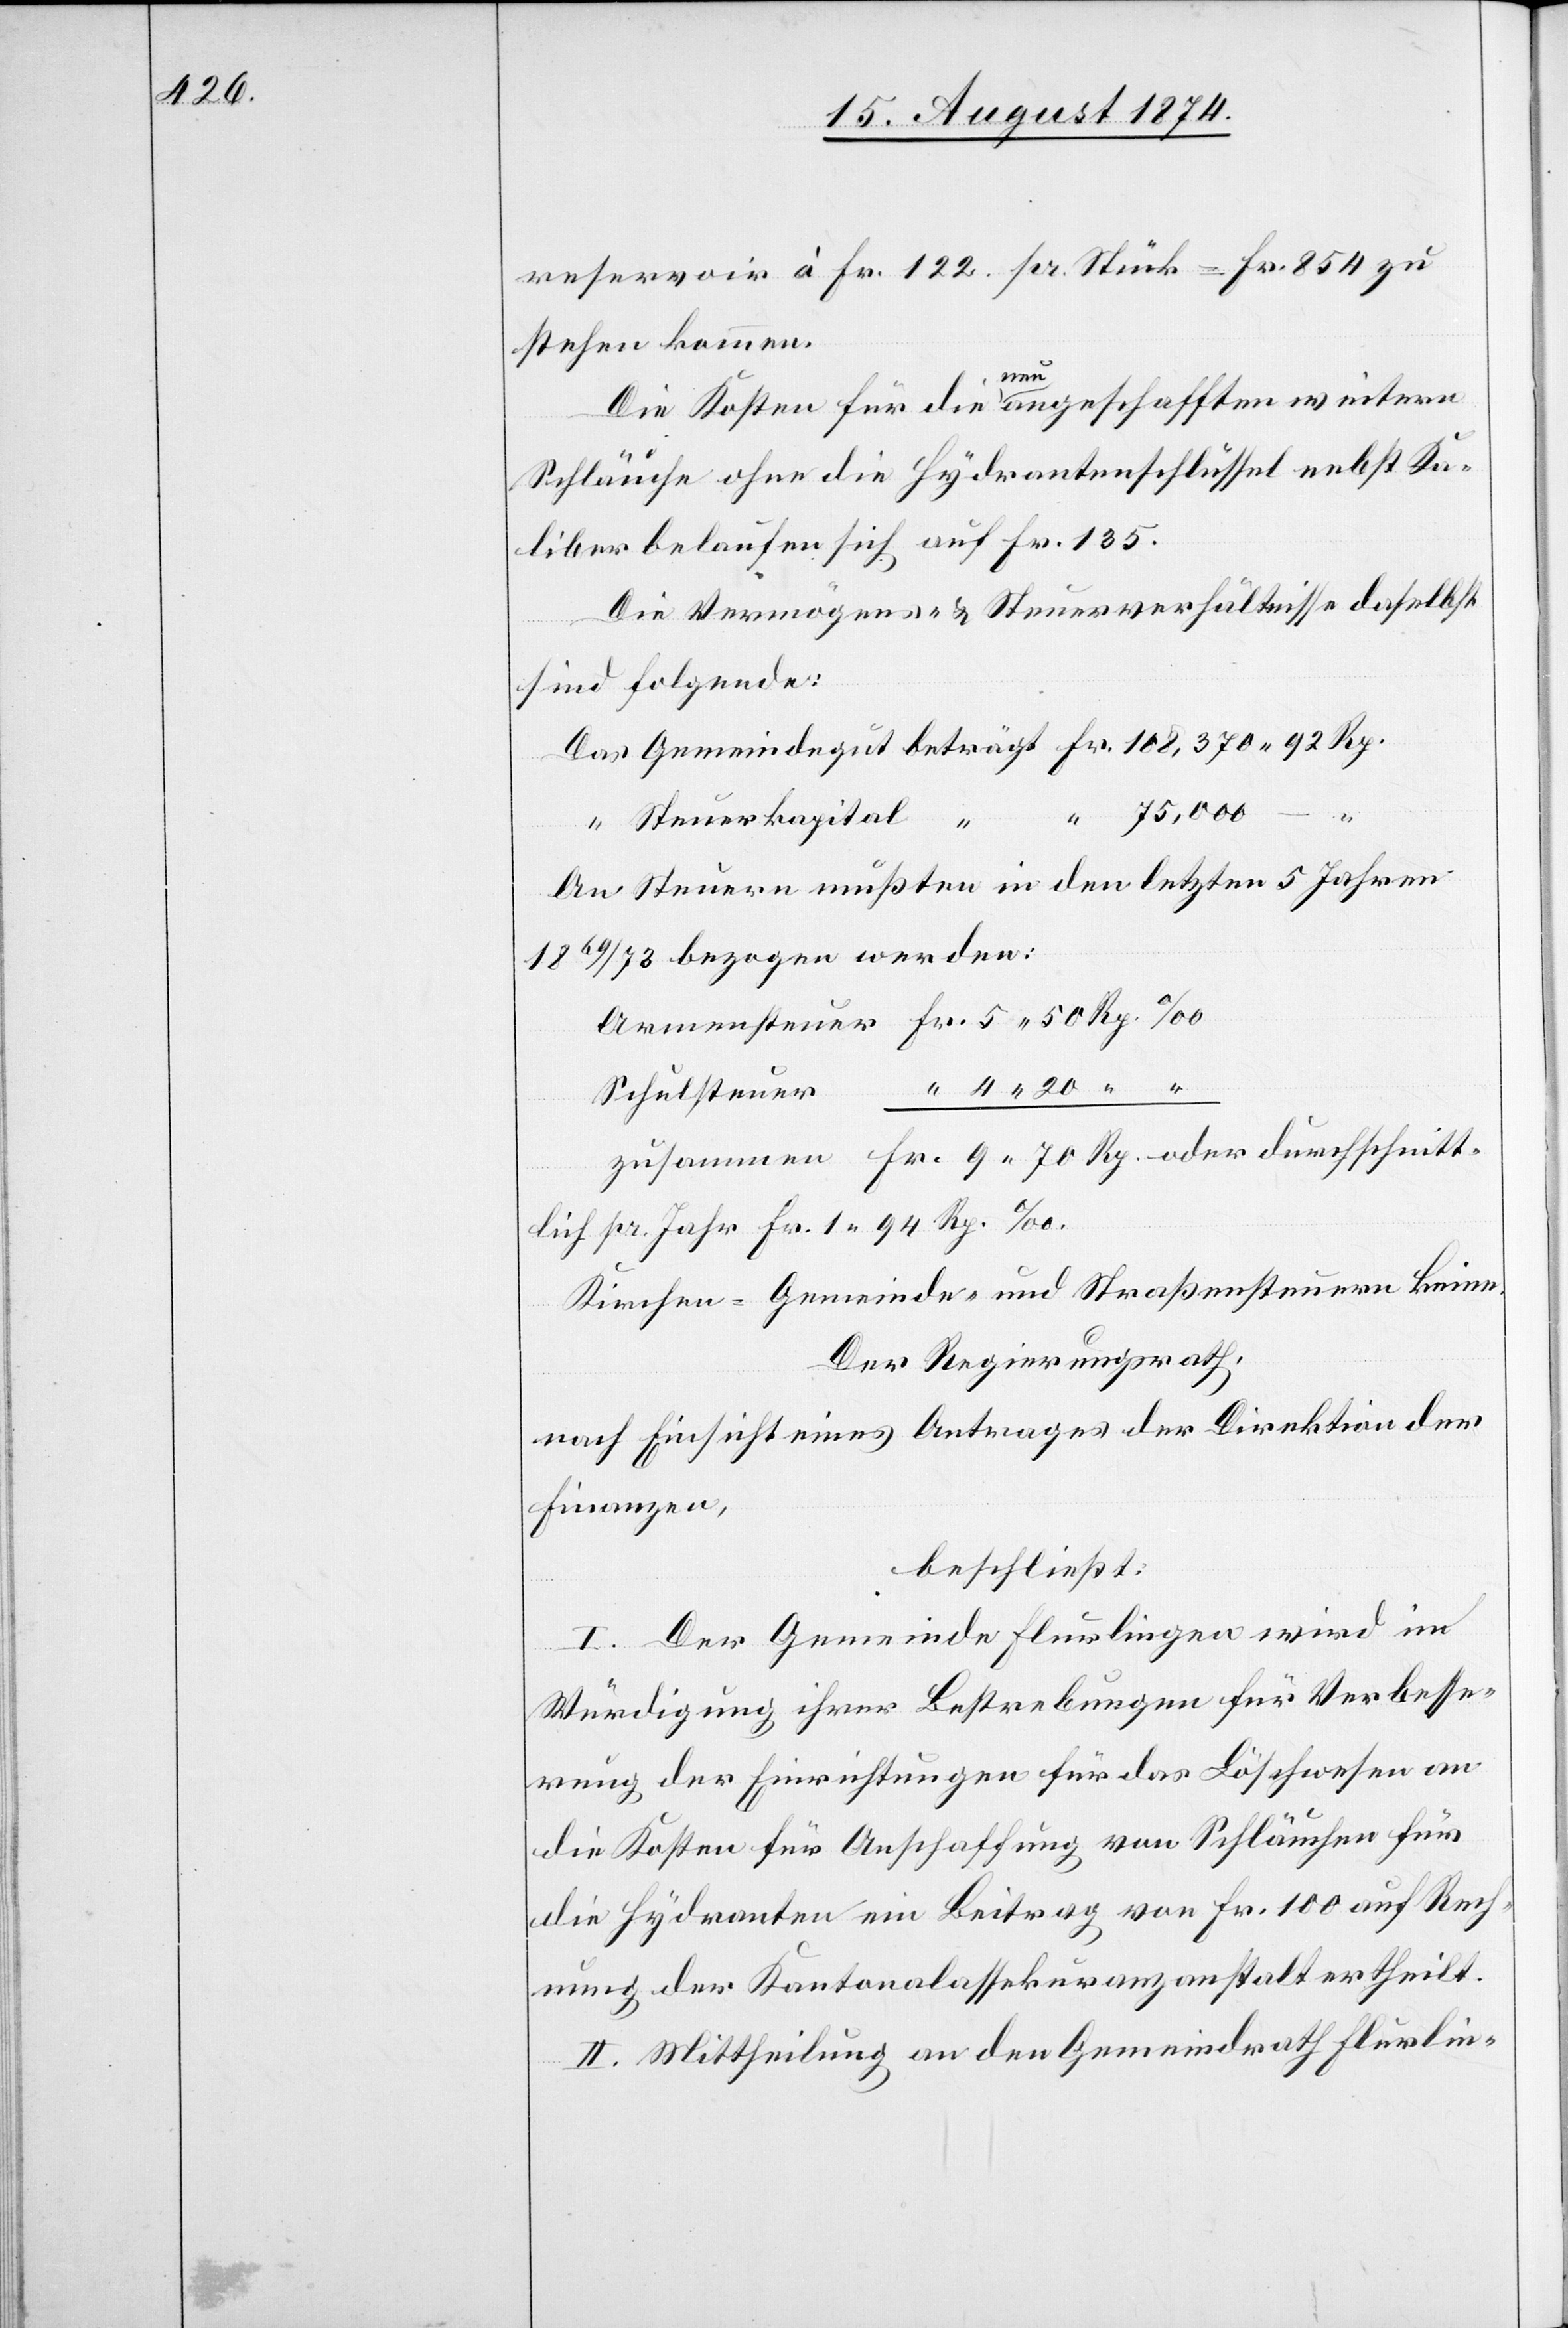
reservoir à Fr. 122 pr. Stück – Fr. 854 zu
stehen kommen.
Die Kosten für die neu angeschafften weitern
Schläuche ohne die Hydrantenschlüssel nebst Ka¬
liber belaufen sich auf Fr. 135.
Die Vermögens- u. Steuerverhältnisse daselbst
durchschnitt¬
sind folgende:
oder
Steuerkapital
An Steuern mußten in den letzten 5 Jahren
1869/73 bezogen werden:
lich pr. Jahr Fr. 1. 94 Rp. ‰
Kirchen- [,] Gemeinde- und Straßensteuern keine.
Der Regierungsrath,
nach Einsicht eines Antrages der Direktion der
Finanzen,
beschließt:
I. Der Gemeinde Flurlingen wird in
Würdigung ihrer Bestrebungen für Verbesse¬
rung der Einrichtungen für das Löschwesen an
die Kosten für Anschaffung von Schläuchen für
die Hydranten ein Beitrag von Fr. 100 auf Rech¬
nung der Kantonalassekuranzanstalt ertheilt.
II. Mittheilung an den Gemeindrath Flurlin-